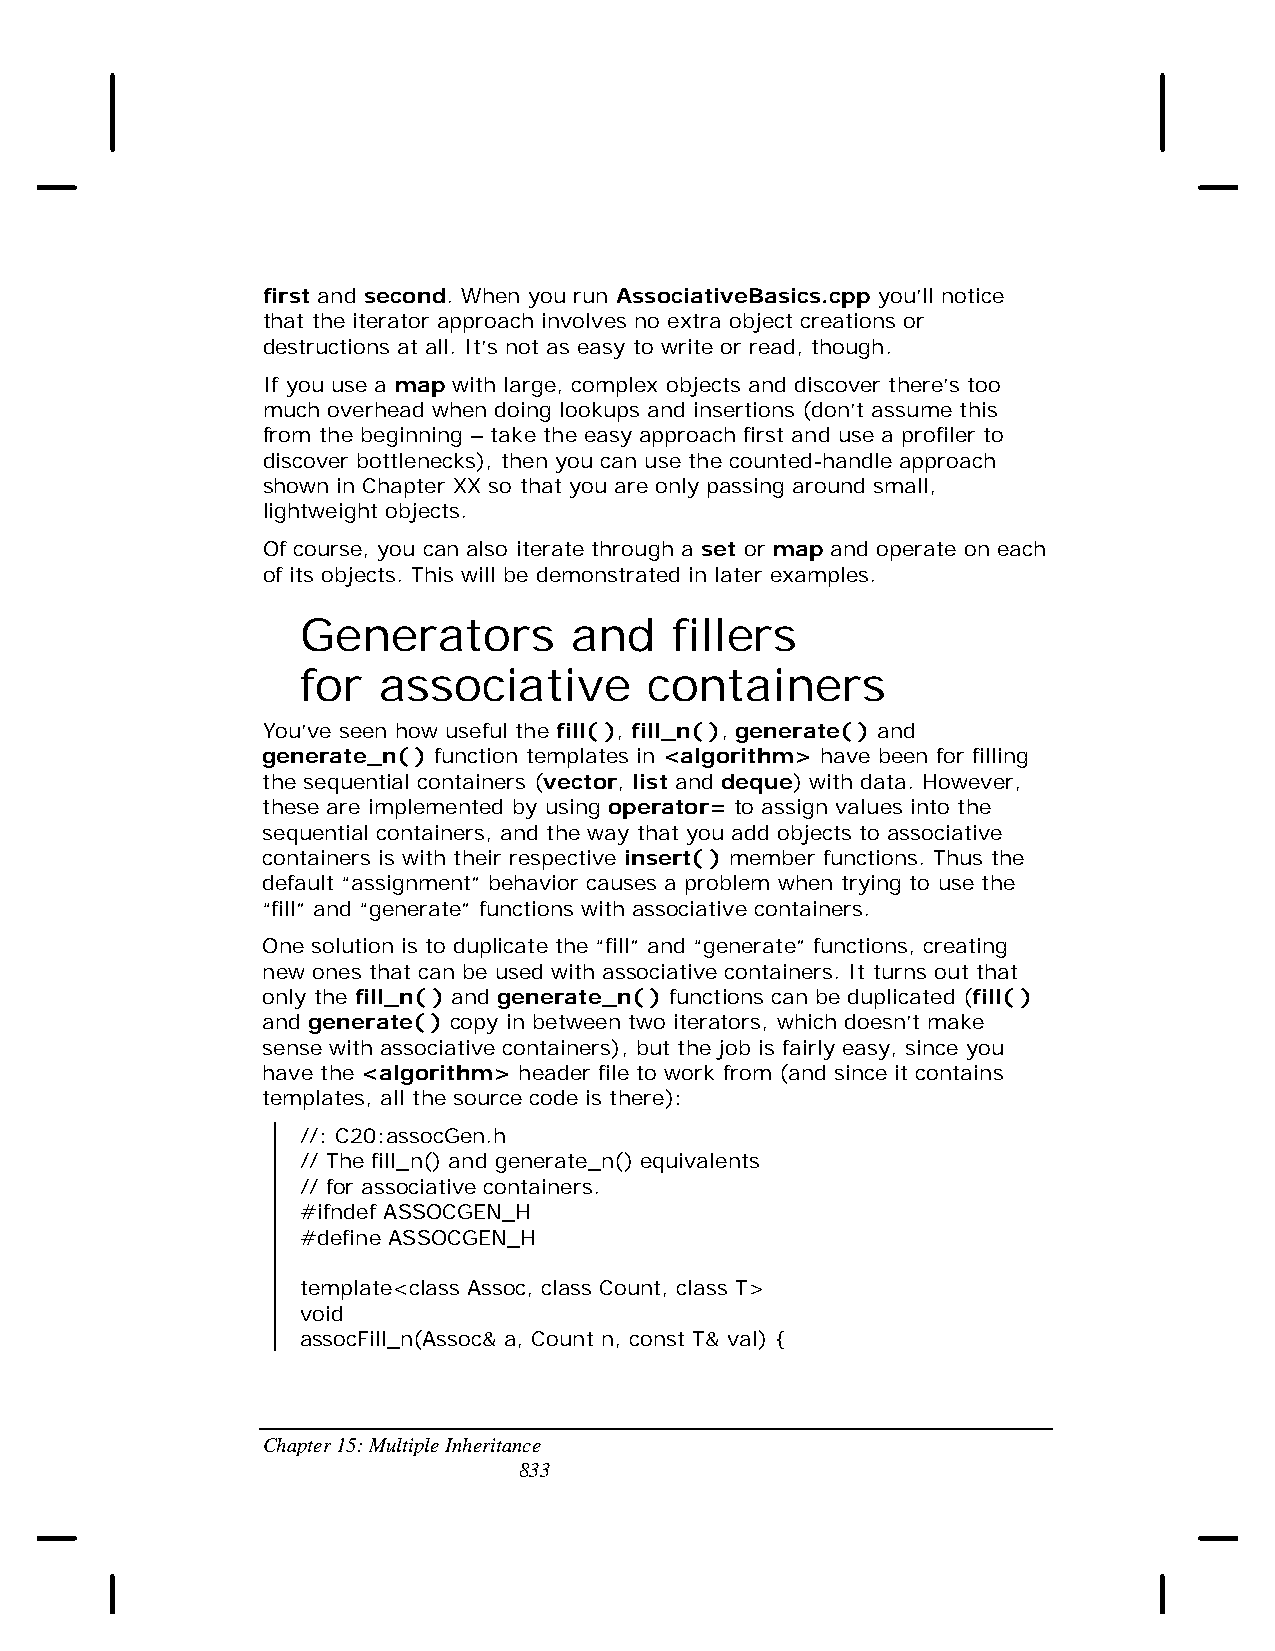
first and second. When you run AssociativeBasics.cpp you’ll notice
 that the iterator approach involves no extra object creations or
 destructions at all. It’s not as easy to write or read, though.
 If you use a map with large, complex objects and discover there’s too
 much overhead when doing lookups and insertions (don’t assume this
 from the beginning – take the easy approach first and use a profiler to
 discover bottlenecks), then you can use the counted-handle approach
 shown in Chapter XX so that you are only passing around small,
 lightweight objects.
 Of course, you can also iterate through a set or map and operate on each
 of its objects. This will be demonstrated in later examples.
 Generators        and    fillers
 for  associative       containers
 You’ve seen how useful the fill( ), fill_n( ), generate( ) and
 generate_n( ) function templates in <algorithm> have been for filling
 the sequential containers (vector, list and deque) with data. However,
 these are implemented by using operator= to assign values into the
 sequential containers, and the way that you add objects to associative
 containers is with their respective insert( ) member functions. Thus the
 default “assignment” behavior causes a problem when trying to use the
 “fill” and “generate” functions with associative containers.
 One solution is to duplicate the “fill” and “generate” functions, creating
 new ones that can be used with associative containers. It turns out that
 only the fill_n( ) and generate_n( ) functions can be duplicated (fill( )
 and generate( ) copy in between two iterators, which doesn’t make
 sense with associative containers), but the job is fairly easy, since you
 have the <algorithm> header file to work from (and since it contains
 templates, all the source code is there):
 //: C20:assocGen.h
 // The fill_n() and generate_n() equivalents
 // for associative containers.
 #ifndef ASSOCGEN_H
 #define ASSOCGEN_H
 template<class Assoc, class Count, class T>
 void
 assocFill_n(Assoc& a, Count n, const T& val) {
 Chapter 15: Multiple Inheritance
 833